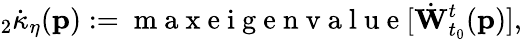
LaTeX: {}_{2}\dot{\kappa}_{\eta}(\mathbf{p}):=\mathrm{~m~a~x~e~i~g~e~n~v~a~l~u~e~}[\dot{\mathbf{W}}_{t_{0}}^{t}(\mathbf{p})],